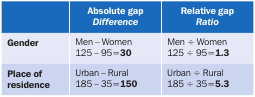
<table><thead><tr><td></td><td><b>Absolute gap <i>Difference</i></b></td><td><b>Relative gap <i>Ratio</i></b></td></tr></thead><tbody><tr><td><b>Gender</b></td><td>Men − Women 125 − 95 = <b>30</b></td><td>Men ÷ Women 125 ÷ 95 = <b>1.3</b></td></tr><tr><td><b>Place of residence</b></td><td>Urban − Rural 185 − 35 = <b>150</b></td><td>Urban ÷ Rural 185 ÷ 35 = <b>5.3</b></td></tr></tbody></table>